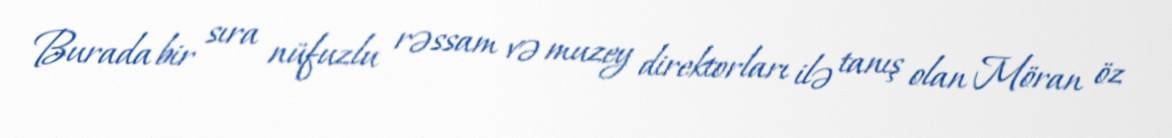
Burada bir sıra nüfuzlu rəssam və muzey direktorları ilə tanış olan Möran öz